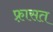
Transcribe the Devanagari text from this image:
फ़्रासत